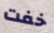
خفت